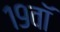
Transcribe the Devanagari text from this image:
१९वॉ